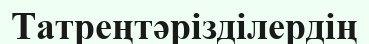
Татреңтәрізділердің